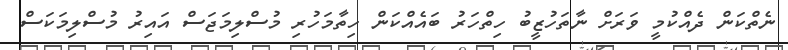
ނެތްކަން ދެއްކުމީ ވަރަށް ނާތަހުޒީބު ހިތްހަރު ބައެއްކަން ހިތާމަހުރި މުސްލިމަޖަސް އައިރު މުސްލިމަކަސް